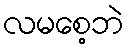
လမစေ့ဘဲ